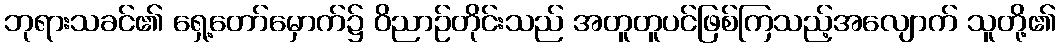
ဘုရားသခင်၏ ရှေ့တော်မှောက်၌ ဝိညာဉ်တိုင်းသည် အတူတူပင်ဖြစ်ကြသည့်အလျောက် သူတို့၏